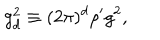
g _ { d } ^ { 2 } \equiv ( 2 \pi ) ^ { d } \rho ^ { \prime } g ^ { 2 } ,